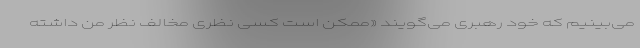
می‌بینیم که خود رهبری می‌گویند «ممکن است کسی نظری مخالف نظر من داشته